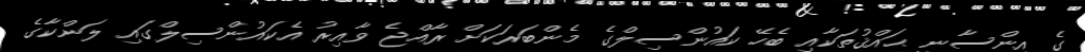
ގެ އިންސާނީ ޙައްޤުތަކާއި ބެހޭ ކައުންސިލްގެ މެންބަރަކަށް ރާއްޖެ ވާއިރު އެކައުންސިލްގައި ލަންކާގެ